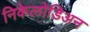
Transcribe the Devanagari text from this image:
निकेलोडिअन